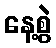
နေ့စွဲ